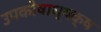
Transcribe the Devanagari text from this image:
उपकोषाध्यक्ष